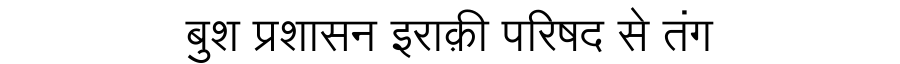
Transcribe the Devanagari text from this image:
बुश प्रशासन इराक़ी परिषद से तंग